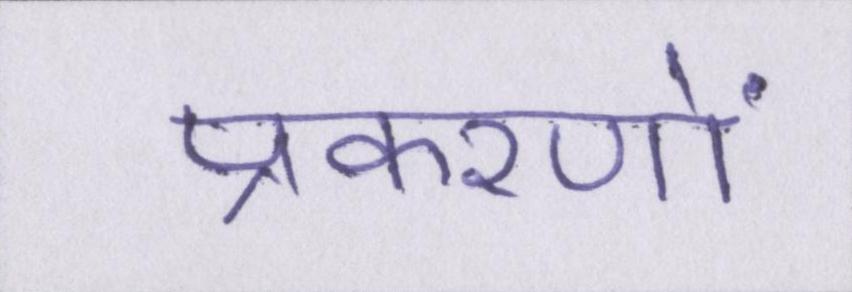
प्रकरणों